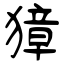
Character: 獐